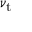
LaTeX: \nu _ { \mathrm { t } }